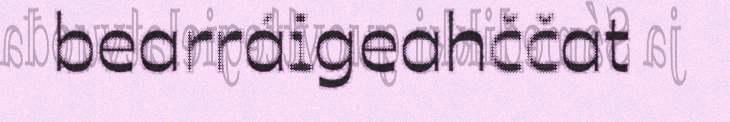
bearráigeahččat